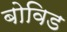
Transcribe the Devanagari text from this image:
बोविड